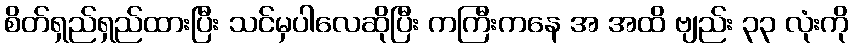
စိတ်ရှည်ရှည်ထားပြီး သင်မှပါလေဆိုပြီး ကကြီးကနေ အ အထိ ဗျည်း ၃၃ လုံးကို